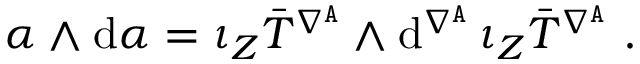
\alpha \wedge \mathrm { d } \alpha = \iota _ { Z } \bar { T } ^ { \nabla ^ { \mathtt { A } } } \wedge \mathrm { d } ^ { \nabla ^ { \mathtt { A } } } \, \iota _ { Z } \bar { T } ^ { \nabla ^ { \mathtt { A } } } \ .